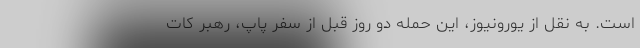
است. به نقل از یورونیوز، این حمله دو روز قبل از سفر پاپ، رهبر کات